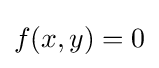
f(x,y)=0